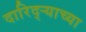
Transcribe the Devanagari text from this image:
दारिद्ऱ्याच्या